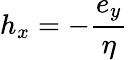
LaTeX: h_{x}=-{\frac{e_{y}}{\eta}}